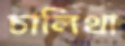
চালিথা